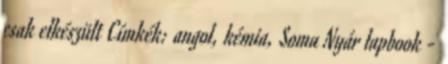
csak elkészült Címkék: angol, kémia, Soma Nyár lapbook -